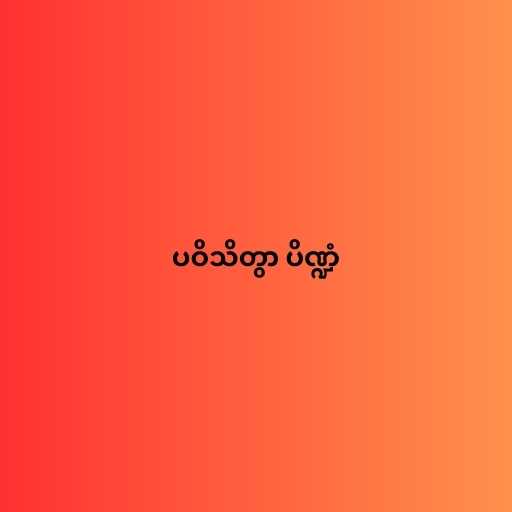
ပဝိသိတွာ ပိဏ္ဍံ